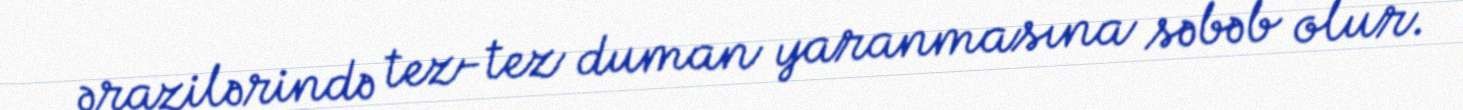
ərazilərində tez-tez duman yaranmasına səbəb olur.